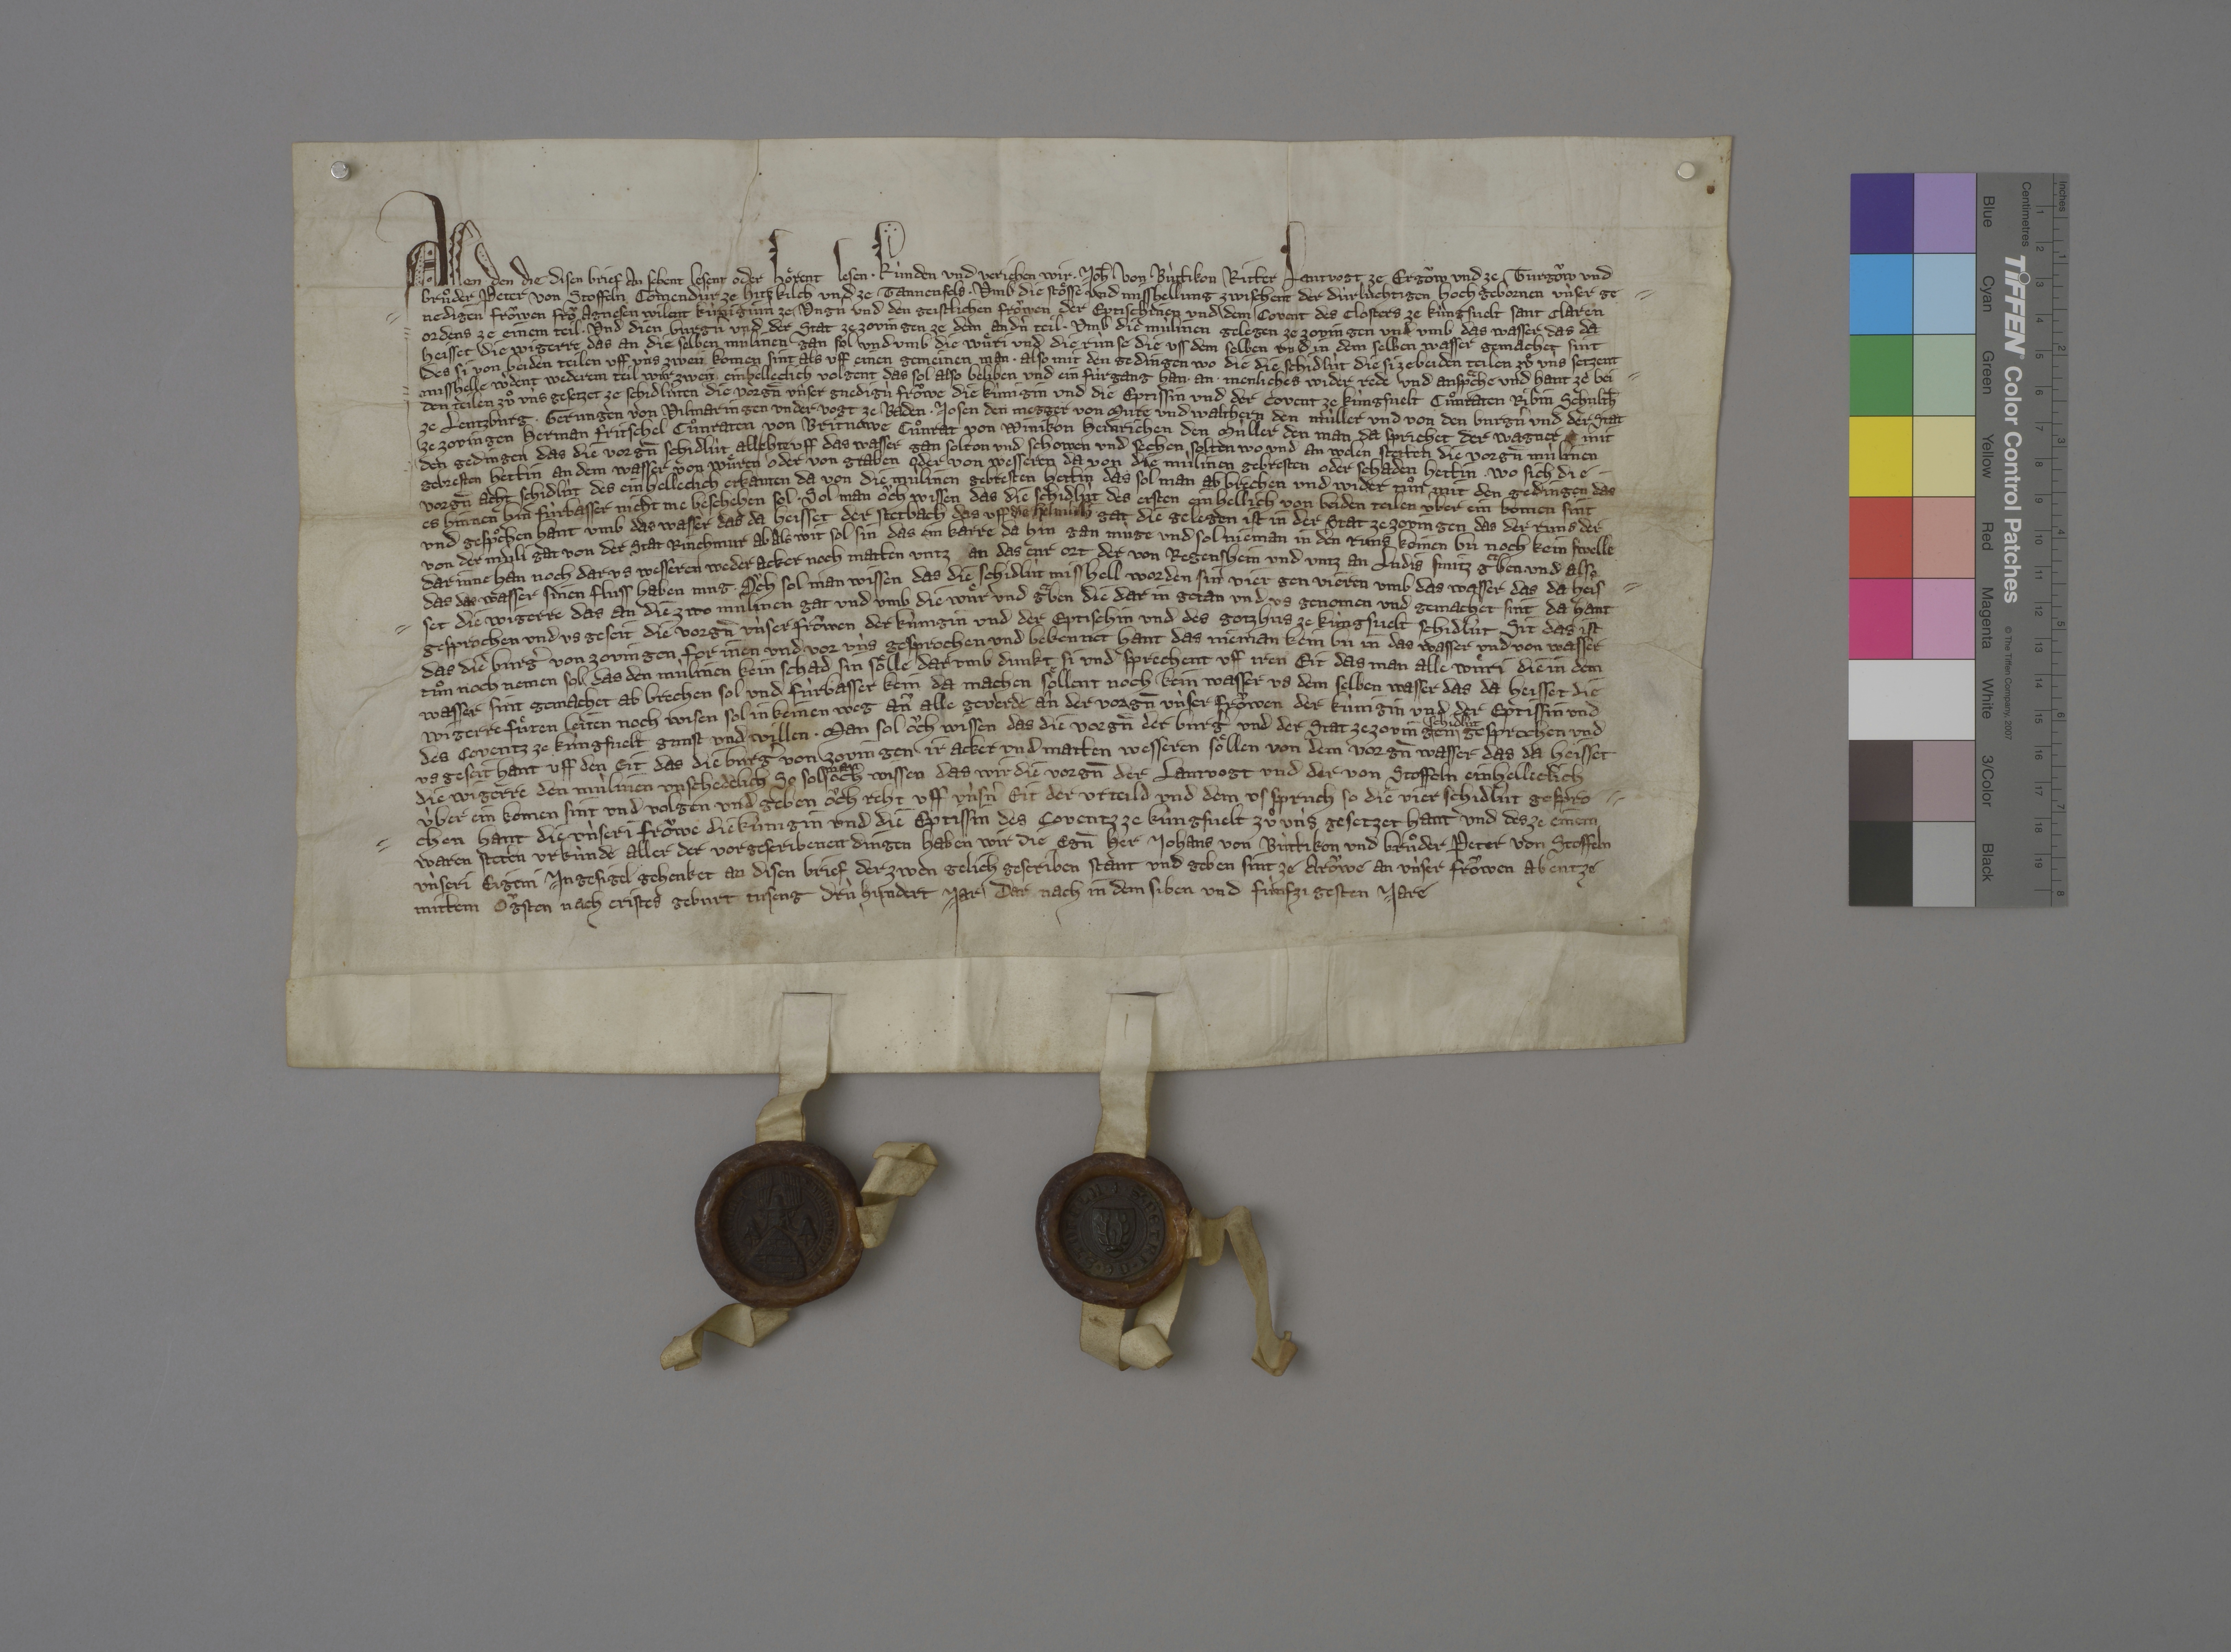
Transcription:
Allen den, die disen brief an sehent, lesent oder hoͤrent lesen, ✳ kùnden und verjehen wir, ✳ Joh̄s von Bùttikon, ritter, lantvogt ze Ergoͧw und ze Turgoͧw, und
bruͦder Peter von Stoffeln, comendùr ze Hitzkilch und ze Tannenfels, ✳ umb die stoͤsse und misshellung zwischent der dùrlùchtigen, hochgebornen ùnser ge¬
nedigen froͧwen, froͧ Agnesen, wilent kùniginn ze Ungnˀ, und den geistlichen froͧwen, der eptischinen und dem covent des closters ze Kùngsvelt, Sant Claren
ordens, ze einem teil, ✳ und dien burgˀn und der stat ze Zovingen ze dem andˀn teil, ✳ umb die mùlinen, gelegen ze Zovingen, und umb das wasser, das da
heisset die Wigerre, das an die selben mùlinen gan sol, und umb die wuͤri und die rùnse, die uss dem selben und in dem selben wasser gemachet sint,
des si von beiden teilen uff ùns zwen komen sint, als uff einen gemeinen man, ✳ also mit den gedingen, wo die die schidlùt, die si ze beiden teilen zuͦ uns setzent,
misshelle wˀdent, wederem teil wir zwein einhelleclich volgent, das sol also beliben und ein fùrgang han ✳ an ✳ menliches wider rede und ansp̃che. und hant ze bei¬
den teilen zuͦ ùns gesetzet ze schidlùten, die vorgen̄̄ ùnser gnedigù froͧwe, die kùnigin, und die eptissin und der covent ze Kùngsvelt: Cuͦnraten Ribin, schulth̄
ze Lentzburg, ✳ Gerungen von Vilmaringen, undervogt ze Baden, ✳ Josen den Megger von Mure und Walthern den Mùller. und von den burgˀn und der stat
ze Zovingen: Herman Fritschel, Cuͦnraten von Britnowe, Cuͦnrat von Winikon, Heinrichen den Mùller, den man da sprichet der Wagner. mit
den gedingen, das die vorgn̄ schidlùt all ✳ ehte uff das wasser gan solton und schowen und sechen solten, wo und an welen stetten die vorgn̄ mùlinen
gebresten hettin an dem wasser, von wuͤren oder graben oder von wesseren, da von die mùlinen gebresten oder schaden hettin. ✳ wo sich die ✳
vorgn̄ acht schidlùt des einhelleclich erkanten, da von die mùlinen gebresten hettin, das sol man abbrechen und wider tuͦn, mit den gedingen, das
es hinnen hin fùrbasser nicht me beschehen sol. ✳ sol man oͧch wissen, das die schidlùt des ersten einhellich von beiden teilen ùber ein komen sint
und gespͦchen hant umb das wasser, das da heisset der Stetbach, das uff die Helmùli gat, die gelegen ist in der stat ze Zovingen, das der runs, der
von der mùli gat, von der stat rinchmur ab als wit sol sin, das ein karre da hin gan mùge, und sol nieman in den runs keinen bu noch kein swelle
darinne han, noch dar us wesseren weder acker noch matten untz an das enr ort der von Regenshein und untz an Ludis Smitz gͣben und also,
das das wasser sinen fluss haben mug. oͧch sol man wissen, das die schidlùt misshell worden sin, vier gen vieren, umb das wasser, das da heis¬
set die Wigerre, das an die zwo mùlinen gat, und umb die wuͤr und gͣben, die dar in getan und us genomen und gemachet sint. da hant
gesprochen und us geseit die vorgn̄ ùnser froͧwen, der kùnigin, und der eptischin und des gotzhus ze Kùngsvelt schidlùt, sit das ist,
das die burgˀ von Zovingen for inen und vor ùns gesprochen und bekennet hant, das nieman kein bu in das wasser und von wasser
tuͦn noch nemen sol, das den mùlinen kein schad sin soͤlle, darumb dunkt si und sprechent uff iren eit, das man alle wuͤri, die in dem
wasser sint gemachet, ab brechen sol und fùrbasser kein da machen soͤllent, noch kein wasser us dem selben wasser, das da heisset die
Wigerre, fuͤren, leiten, noch wisen sol in keinen weg, an alle geverde, an der vorgn̄ ùnser froͧwen, der kùnigin, und der eptissin und
des coventz ze Kùngsvelt gunst und willen. ✳ man sol oͧch wissen, das die vorgn̄ der burgˀ und der stat ze Zovingen
schidlùt
gesprochen und
usgeseit hant uff den eit, das die burgˀ von Zovingen ir acker und matten wesseren soͤllen von dem vorgn̄ wasser, das da heisset
die Wigerre, den mùlinen unschedlich. so sol
man
och wissen, das wir, die vorgn̄, der lantvogt und der von Stoffeln, einhelliclich
ùber ein komen sint und volgen und geben oͧch reht, uff ùnsˀn eit, der urteild und dem usspruch, so die vier schidlùt gespro¬
chen hant, die ùnseri froͧwe, die kùnigin, und die eptissin des coventz ze Kùngsvelt zuͦ ùns gesetzet hant. und des ze einem
waren, steten urkùnde aller der vorgescribenen dingen haben wir, die egn̄ her Johans von Bùttikon und bruͦder Peter von Stoffeln,
ùnseri eigeni ingesigel gehenket an disen brief, der zwen gelich gescriben stant, und geben sint ze Aroͧwe an ùnser froͧwen abent ze
mittem oͧgsten, nach Cristes geburt tuseng drùhundert jar, dar nach in dem siben und fùnfzigesten jare.